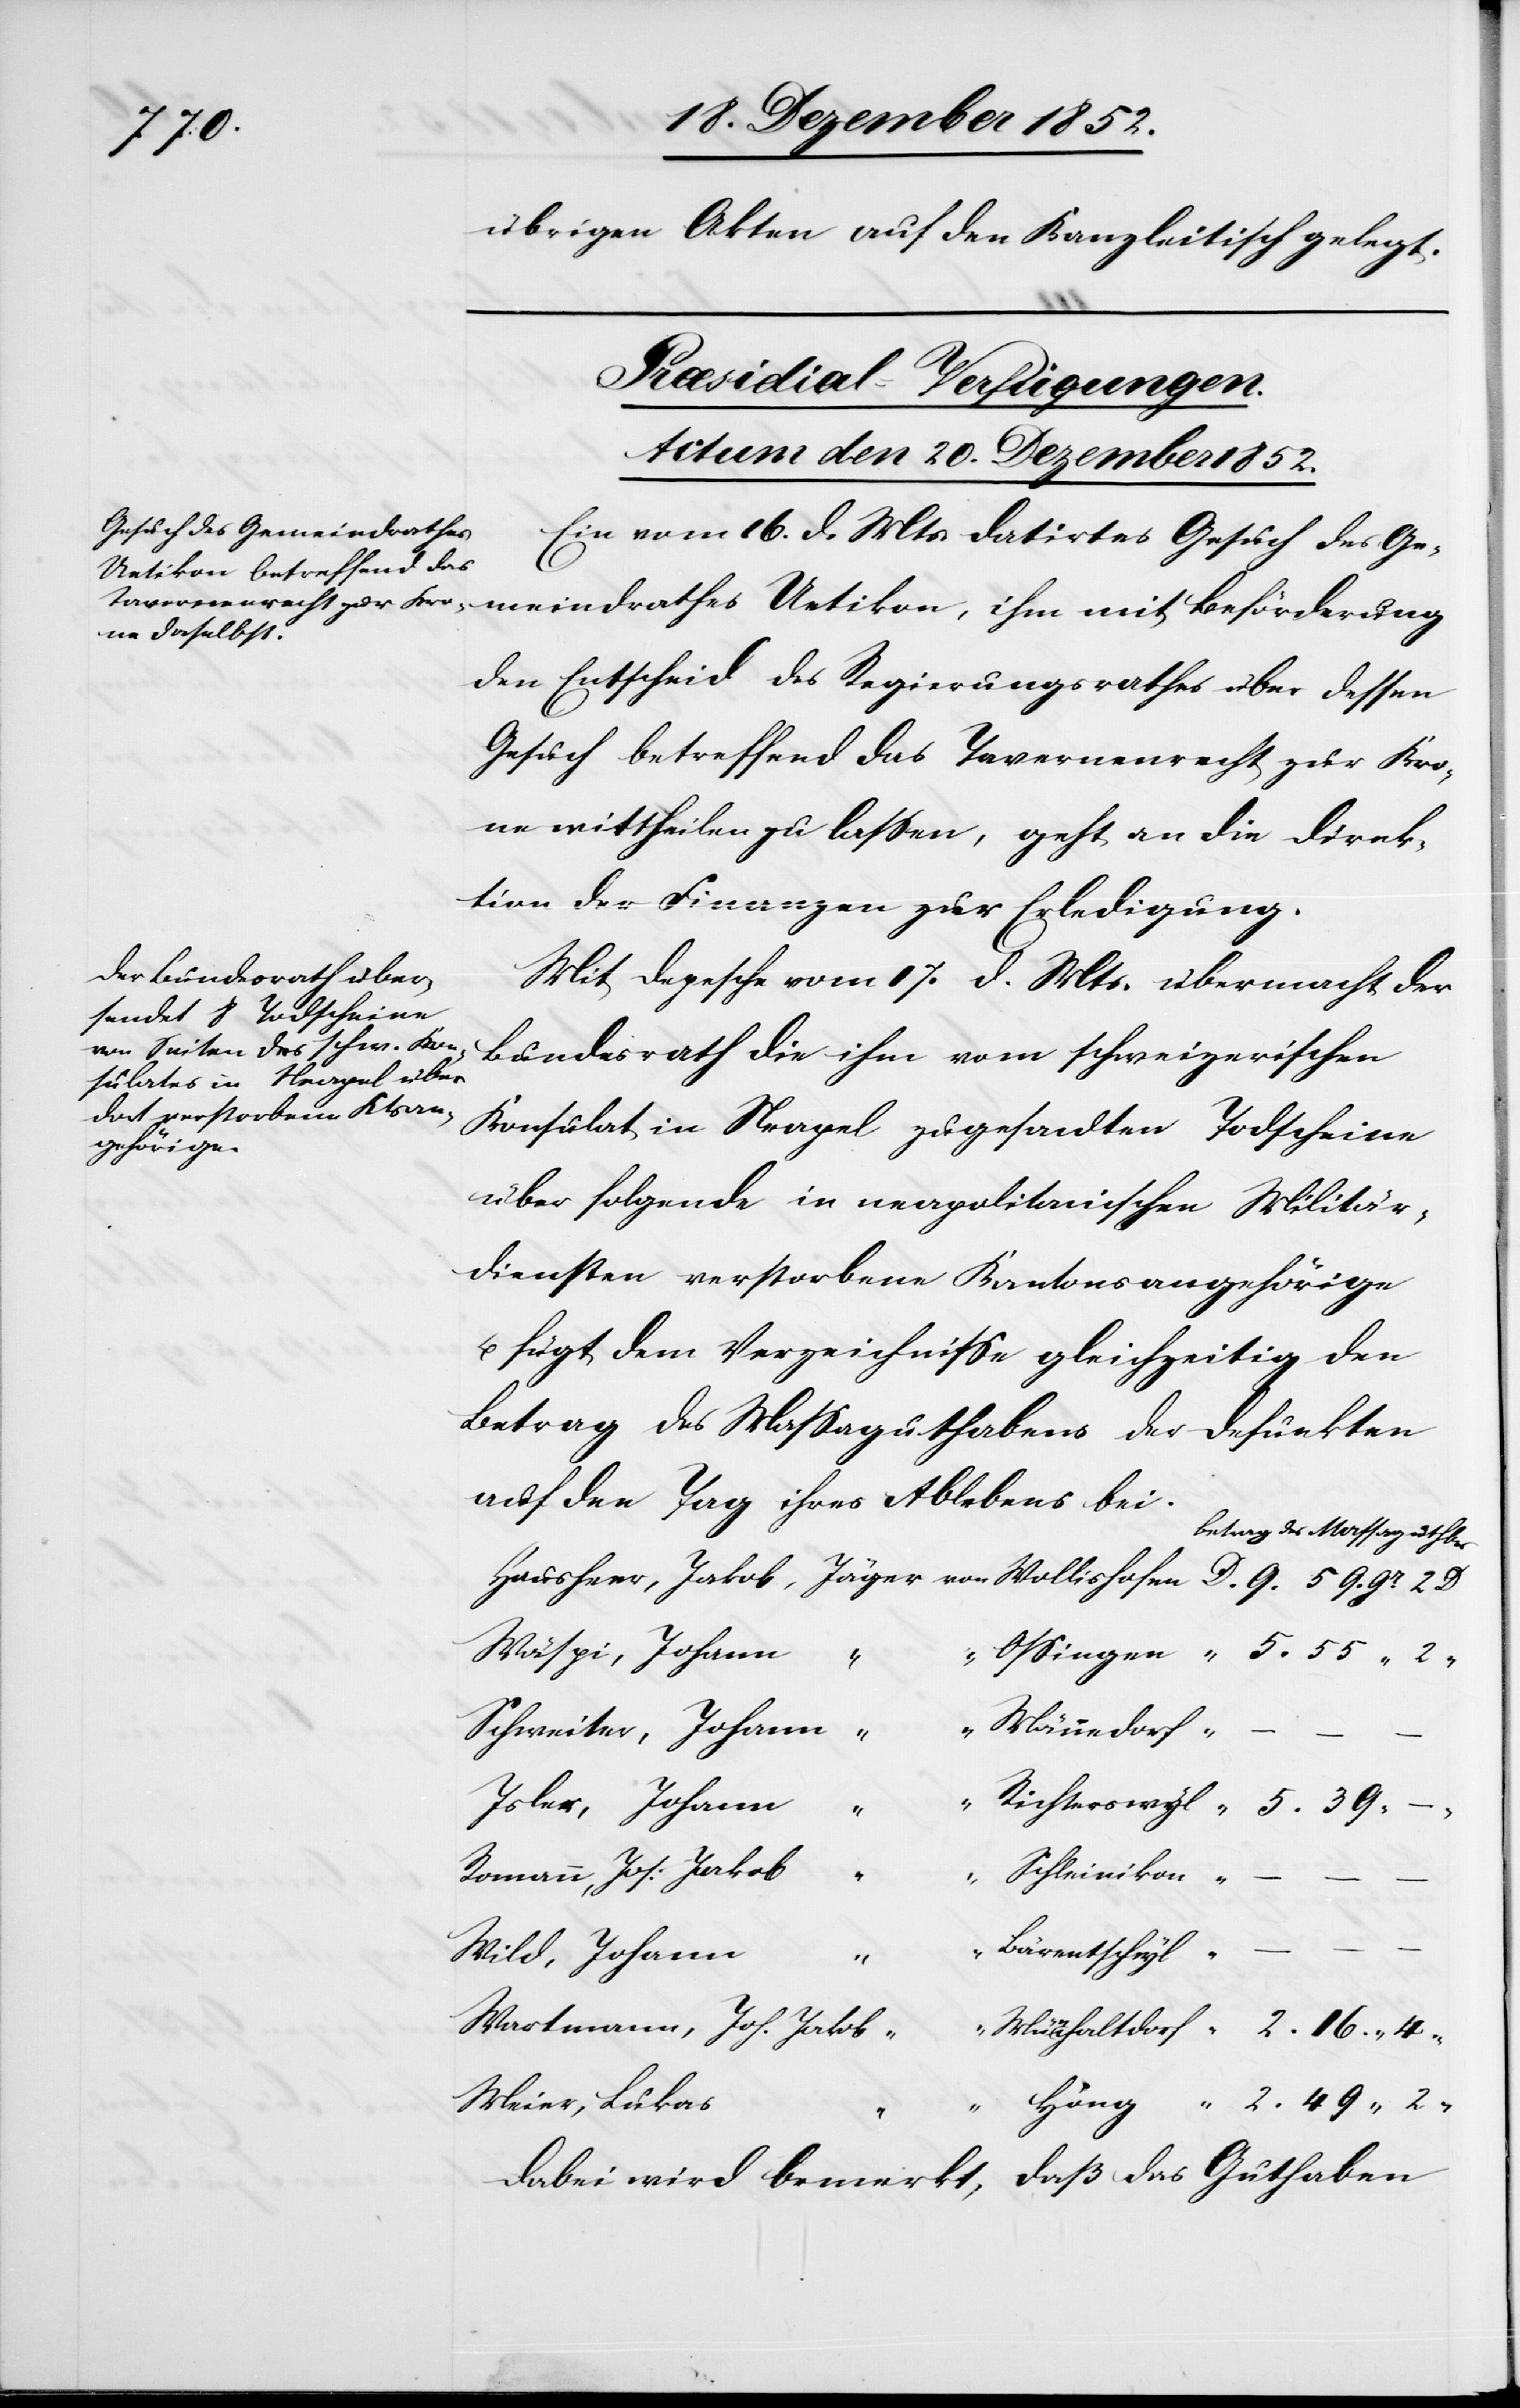
20. Dezember 1852.]
übrigen Akten auf den Kanzleitisch gelegt.
Præsidial-Verfügungen.
Ein vom 16. d. Mts. datirtes Gesuch des Ge¬
den Entscheid des Regierungsrathes über dessen
Gesuch betreffend das Tavernenrecht zur Kro¬
ne mittheilen zu lassen, geht an die Direk¬
tion der Finanzen zur Erledigung.
Mit Depesche vom 17. d. Mts. übermacht der
Bundesrath die ihm vom schweizerischen
Konsulat in Neapel zugesandten Todscheine
über folgende in neapolitanischen Militär¬
diensten verstorbene Kantonsangehörige
u. fügt dem Verzeichnisse gleichzeitig den
Betrag des Massaguthabens der Defunkten
auf den Tag ihres Ablebens bei.
Betrag des Massaguthb¬
Wäspi, Johann “
Schweiter, Johann “
“ Männedorf
Isler, Johann “
Romann, Jos: Jakob “ “ Schleinikon
–
Bärentschwyl
Wild, Johann
“ 2.
Wartmann, Joh. Jakob “
Meier, Lukas
55
2
daß das Guthaben
Dabei wird bemerkt,